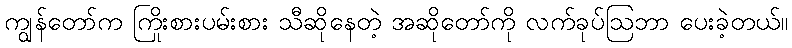
ကျွန်တော်က ကြိုးစားပမ်းစား သီဆိုနေတဲ့ အဆိုတော်ကို လက်ခုပ်ဩဘာ ပေးခဲ့တယ်။